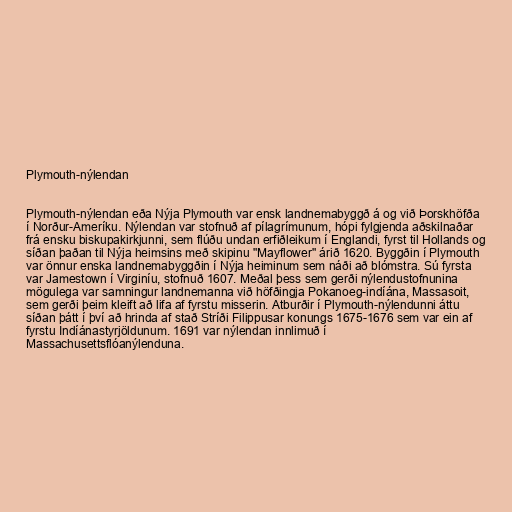
Plymouth-nýlendan

Plymouth-nýlendan eða Nýja Plymouth var ensk landnemabyggð á og við Þorskhöfða
í Norður-Ameríku. Nýlendan var stofnuð af pílagrímunum, hópi fylgjenda aðskilnaðar
frá ensku biskupakirkjunni, sem flúðu undan erfiðleikum í Englandi, fyrst til Hollands og
síðan þaðan til Nýja heimsins með skipinu "Mayflower" árið 1620. Byggðin í Plymouth
var önnur enska landnemabyggðin í Nýja heiminum sem náði að blómstra. Sú fyrsta
var Jamestown í Virginíu, stofnuð 1607. Meðal þess sem gerði nýlendustofnunina
mögulega var samningur landnemanna við höfðingja Pokanoeg-indíána, Massasoit,
sem gerði þeim kleift að lifa af fyrstu misserin. Atburðir í Plymouth-nýlendunni áttu
síðan þátt í því að hrinda af stað Stríði Filippusar konungs 1675-1676 sem var ein af
fyrstu Indíánastyrjöldunum. 1691 var nýlendan innlimuð í
Massachusettsflóanýlenduna.